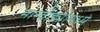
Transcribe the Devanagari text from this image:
मारवाड्यांमध्ये